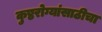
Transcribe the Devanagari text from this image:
कुष्ठरोग्यांसाठीचा